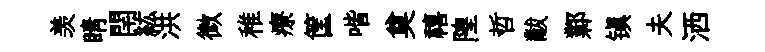
羡睛閈紘洪微稚療筐喈奠禧隍哲黻鄴镇夫洒